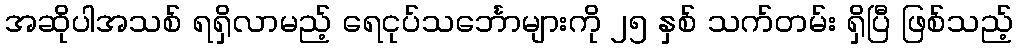
အဆိုပါအသစ် ရရှိလာမည့် ရေငုပ်သင်္ဘောများကို ၂၅ နှစ် သက်တမ်း ရှိပြီ ဖြစ်သည့်